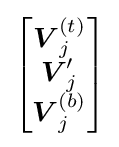
{\begin{bmatrix}{\boldsymbol {V}}_{j}^{(t)}\\{\boldsymbol {V}}_{j}'\\{\boldsymbol {V}}_{j}^{(b)}\end{bmatrix}}